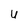
Character: U